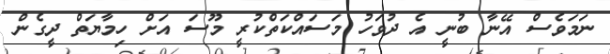
ނަމަވެސް އޭނާ ބުނީ އެ ދުވަހު މަސައްކަތްކުރީ މޫސަ އަށް ހިމާޔަތް ދީގެން